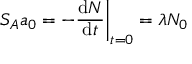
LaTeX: S _ { A } a _ { 0 } = - { \frac { \mathrm { d } N } { \mathrm { d } t } } { \bigg | } _ { t = 0 } = \lambda N _ { 0 }